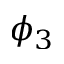
\phi _ { 3 }